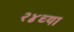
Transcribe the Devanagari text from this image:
२४च्या